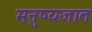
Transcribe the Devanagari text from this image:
मनुष्यजात